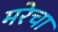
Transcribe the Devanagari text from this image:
मरेचा